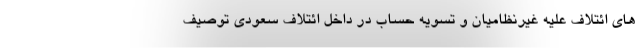
های ائتلاف علیه غیرنظامیان و تسویه حساب در داخل ائتلاف سعودی توصیف